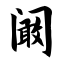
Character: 阚